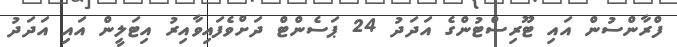
ފްރާންސުން އައި ޓޫރިސްޓުންގެ އަދަދު 24 ޕަސެންޓް ދަށްވެފައިވާއިރު އިޓަލީން އައި އަދަދު